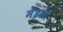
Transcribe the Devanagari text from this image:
मेइसाँ